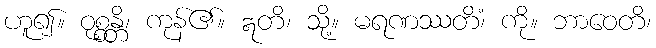
ဟူ၍။ ဝုစ္စန္တိ၊ ကုန်၏။ ဣတိ၊ သို့။ မရဏဿတိံ၊ ကို။ ဘာဝေတိ၊